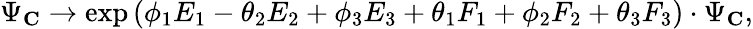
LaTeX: \Psi_{\mathbf C}\rightarrow\exp{(\phi_{1}E_{1}-\theta_{2}E_{2}+\phi_{3}E_{3}+\theta_{1}F_{1}+\phi_{2}F_{2}+\theta_{3}F_{3})}\cdot\Psi_{\mathbf C},